Note on the mental hospitals in Burma - 1925-1940
Year: 1925
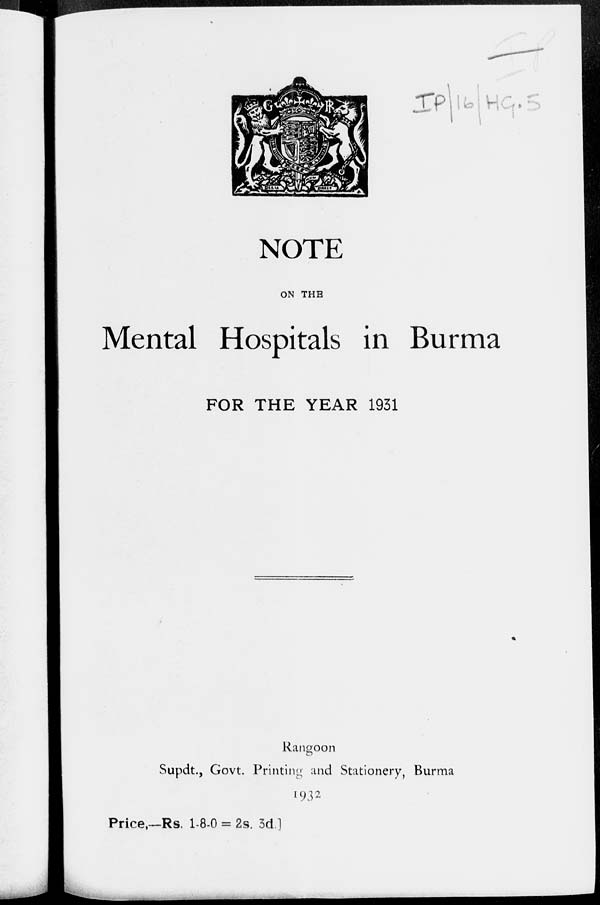
NOTE
ON THE
Mental Hospitals in Burma
FOR THE YEAR 1931
Rangoon
Supdt., Govt. Printing and Stationery, Burma
1932
Price,—Rs. 1-8-0 = 2s. 3d.]